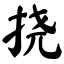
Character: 挠